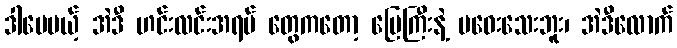
ဒါပေမယ့် အဲဒီ ဟင်းလင်းအရပ် တွေကတော့ မြေကြီးနဲ့ မဝေးသေးဘူး၊ အဲဒီလောက်